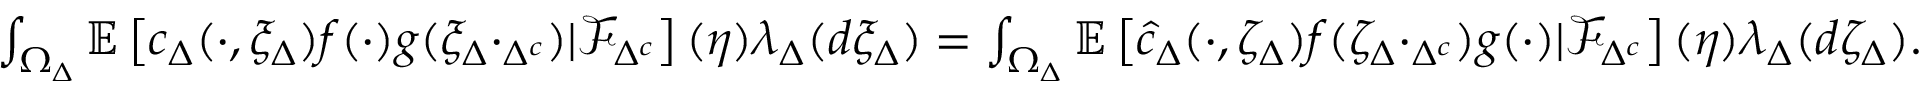
\begin{array} { r } { \int _ { \Omega _ { \Delta } } \mathbb { E } \left[ c _ { \Delta } ( \cdot , \xi _ { \Delta } ) f ( \cdot ) g ( \xi _ { \Delta } \cdot _ { \Delta ^ { c } } ) \lvert \mathcal { F } _ { \Delta ^ { c } } \right] ( \eta ) \lambda _ { \Delta } ( d \xi _ { \Delta } ) = \int _ { \Omega _ { \Delta } } \mathbb { E } \left[ \hat { c } _ { \Delta } ( \cdot , \zeta _ { \Delta } ) f ( \zeta _ { \Delta } \cdot _ { \Delta ^ { c } } ) g ( \cdot ) \lvert \mathcal { F } _ { \Delta ^ { c } } \right] ( \eta ) \lambda _ { \Delta } ( d \zeta _ { \Delta } ) . } \end{array}